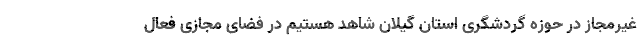
غیرمجاز در حوزه گردشگری استان گیلان شاهد هستیم در فضای مجازی فعال